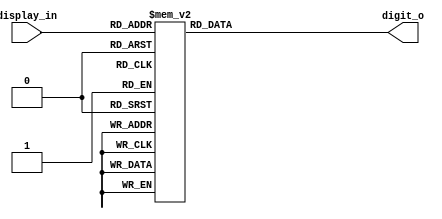
`timescale 1ns / 1ps
//////////////////////////////////////////////////////////////////////////////////
// Company: 
// Engineer: 
// 
// Design Name: 
// Module Name: BCD2SSD
// Project Name: 
// Target Devices: 
// Tool Versions: 
// Description: 
// 
// Dependencies: 
// 
// Revision:
// Revision 0.01 - File Created
// Additional Comments:
// 
//////////////////////////////////////////////////////////////////////////////////

// Verilog implementation of BCD to SSD conversion
module BCD2SSD(
    input [3:0] display_in,
    output reg [6:0]digit_o
    );
    
    always @(*) begin
        case (display_in)
            4'b0000: digit_o = 7'b0000001;
            4'b0001: digit_o = 7'b1001111;
            4'b0010: digit_o = 7'b0010010;
            4'b0011: digit_o = 7'b0000110;
            4'b0100: digit_o = 7'b1001100;
            4'b0101: digit_o = 7'b0100100;
            4'b0110: digit_o = 7'b0100000;
            4'b0111: digit_o = 7'b0001111;
            4'b1000: digit_o = 7'b0000000;
            4'b1001: digit_o = 7'b0001100;
            default: digit_o = 7'b1111111;
        endcase
    end  
endmodule